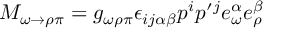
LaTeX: M _ { \omega \rightarrow \rho \pi } = g _ { \omega \rho \pi } { \epsilon } _ { i j \alpha \beta } p ^ { i } p \prime ^ { j } e _ { \omega } ^ { \alpha } e _ { \rho } ^ { \beta }